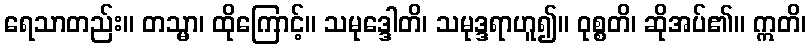
ရေသာတည်း။ တသ္မာ၊ ထိုကြောင့်။ သမုဒ္ဒေါတိ၊ သမုဒ္ဒရာဟူ၍။ ဝုစ္စတိ၊ ဆိုအပ်၏။ ဣတိ၊